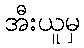
အီးယူမှ